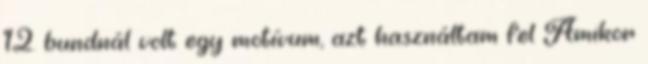
12. bundnál volt egy motívum, azt használtam fel Amikor